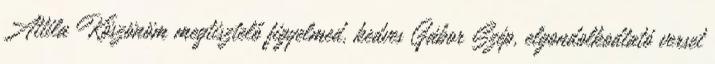
Attila Köszönöm megtisztelő figyelmed, kedves Gábor Szép, elgondolkodtató verset